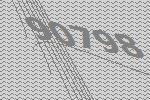
90798